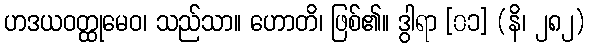
ဟဒယဝတ္ထုမေဝ၊ သည်သာ။ ဟောတိ၊ ဖြစ်၏။ ဒွါရာ [၀၁] (နိ၊ ၂၈၂)